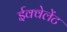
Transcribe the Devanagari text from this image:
ईक्वेलेंट